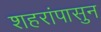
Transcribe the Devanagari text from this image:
शहरांपासुन